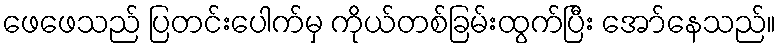
ဖေဖေသည် ပြတင်းပေါက်မှ ကိုယ်တစ်ခြမ်းထွက်ပြီး အော်နေသည်။